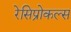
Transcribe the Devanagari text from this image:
रेसिप्रोकल्स